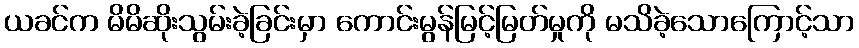
ယခင်က မိမိဆိုးသွမ်းခဲ့ခြင်းမှာ ကောင်းမွန်မြင့်မြတ်မှုကို မသိခဲ့သောကြောင့်သာ